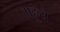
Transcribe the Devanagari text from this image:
महुये